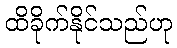
ထိခိုက်နိုင်သည်ဟု